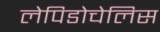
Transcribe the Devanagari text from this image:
लेपिडोचेलिस